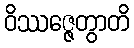
ဝိဿဇ္ဇေတွာတိ